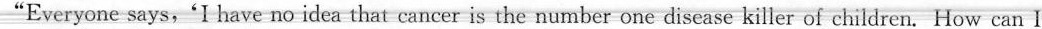
"Everyone says, 'I have no idea that cancer is the number one disease killer of children.How can I